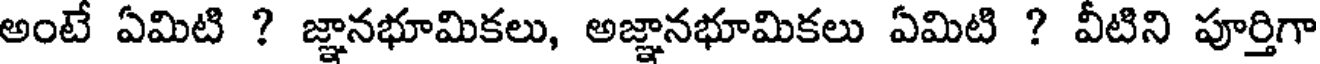
అంటే ఏమిటి ? జ్ఞానభూమికలు, అజ్ఞానభూమికలు ఏమిటి ? వీటిని పూర్తిగా